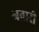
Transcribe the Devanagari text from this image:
अनारी